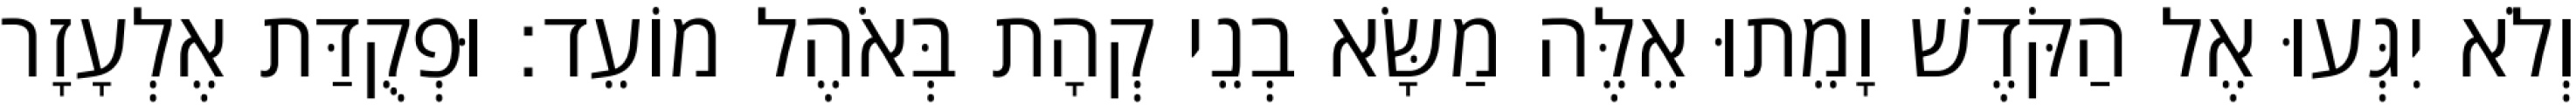
וְלֹא יִגְּעוּ אֶל הַקֹּדֶשׁ וָמֵתוּ אֵלֶּה מַשָּׂא בְנֵי קְהָת בְּאֹהֶל מוֹעֵד׃ וּפְקֻדַּת אֶלְעָזָר